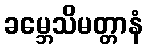
ခမ္ဘေသိမတ္တာနံ